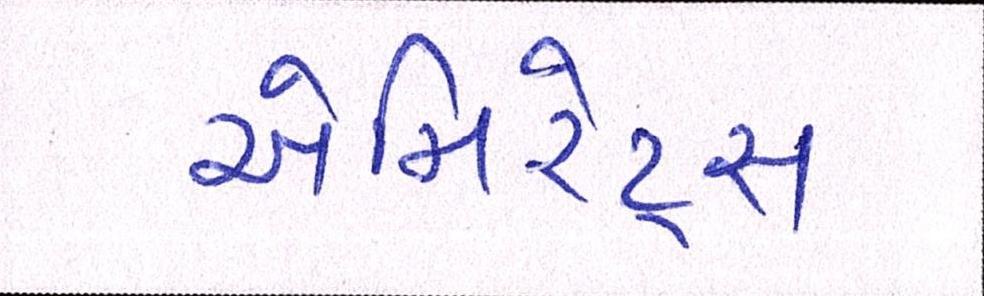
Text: એમિરેટ્સ